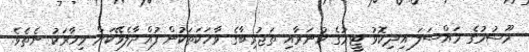
މޫސުމުގެ މައްސަލަ އިދިކޮޅު ޓީމުގެ ހުނަރާއި ތަޖުރިބާގެ ވާހަކަތަކުން ފުއްދާލެވޭކަށް މިހާރަކު ނެތެވެ.